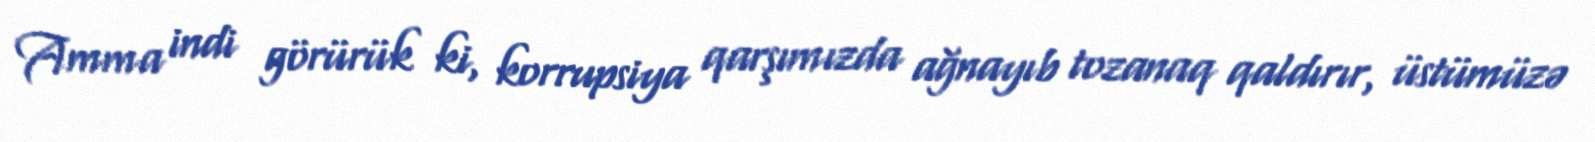
Amma indi görürük ki, korrupsiya qarşımızda ağnayıb tozanaq qaldırır, üstümüzə